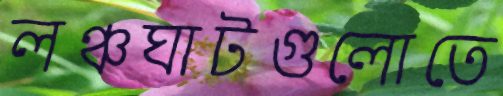
লঞ্চঘাটগুলোতে